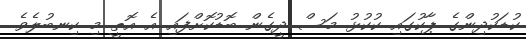
ކުޑަކުދިންގެ ޕާކުގައި ކުކުޅު މަސް ދީގެން ބޮޑުކޮށްފައި އެ އޮތީ މި ކިނބުލެވެ.